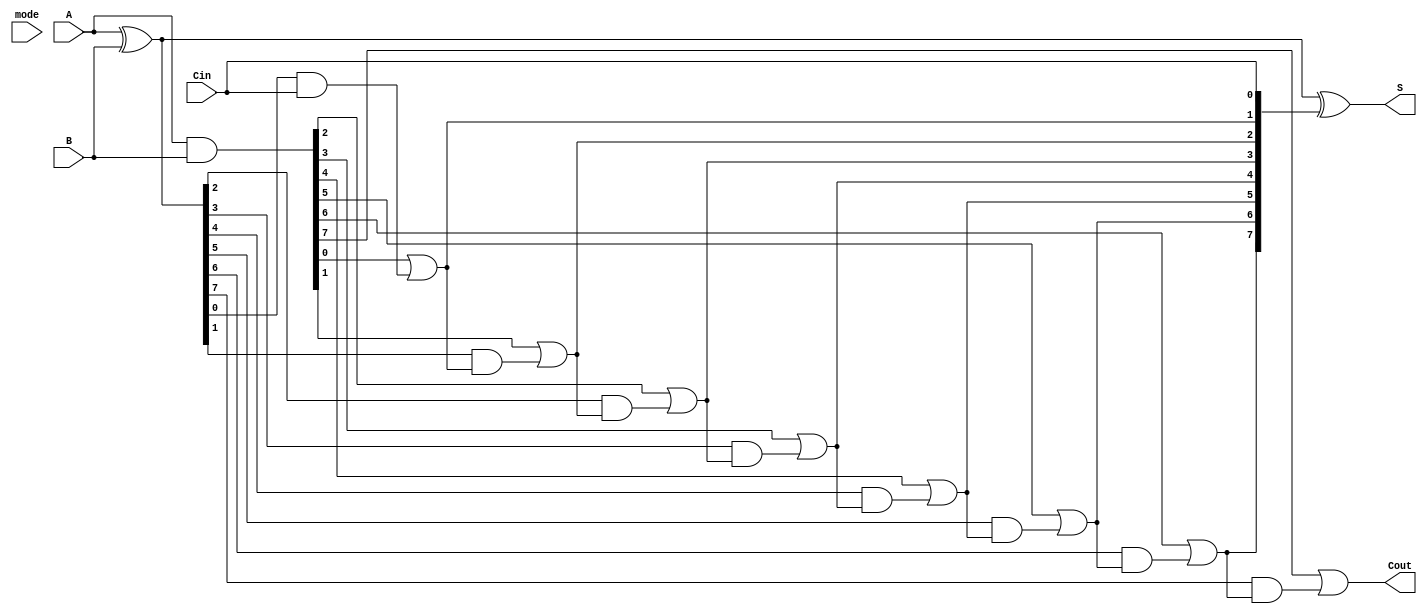
module VLCLA #(parameter N = 8) (
    input  wire [N-1:0] A,      // First operand
    input  wire [N-1:0] B,      // Second operand
    input  wire Cin,             // Carry-in
    input  wire [1:0] mode,      // Mode selection for variable latency
    output wire [N-1:0] S,       // Sum output
    output wire Cout             // Carry-out
);

    // Generate and Propagate signals
    wire [N-1:0] G; // Generate
    wire [N-1:0] P; // Propagate
    wire [N:0] C;   // Carry signals

    // Generate and Propagate calculations
    assign G = A & B;          // G[i] = A[i] AND B[i]
    assign P = A ^ B;          // P[i] = A[i] XOR B[i]

    // Carry signal calculations
    assign C[0] = Cin;         // C[0] = Cin

    genvar i;
    generate
        for (i = 1; i <= N; i = i + 1) begin : carry_generation
            assign C[i] = G[i-1] | (P[i-1] & C[i-1]); // C[i] = G[i-1] OR (P[i-1] AND C[i-1])
        end
    endgenerate

    // Sum calculation
    assign S = P ^ C[N-1:0];    // S[i] = P[i] XOR C[i]

    // Output carry
    assign Cout = C[N];         // Cout = C[n]

    // Variable latency control
    // Here we can implement different paths based on the mode
    // For simplicity, we will just use a multiplexer to select between different carry paths
    wire [N:0] C_selected;

    always @(*) begin
        case (mode)
            2'b00: C_selected = C; // Fast mode
            2'b01: C_selected = C; // Medium mode (could be modified for different logic)
            2'b10: C_selected = C; // Slow mode (could be modified for different logic)
            default: C_selected = C; // Default case
        endcase
    end

    // Final sum calculation using selected carry
    assign S = P ^ C_selected[N-1:0]; // S[i] = P[i] XOR C_selected[i]

endmodule